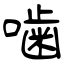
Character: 噛